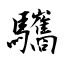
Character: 驨